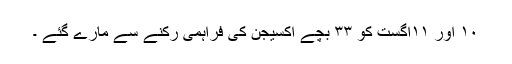
۱۰ اور ۱۱اگست کو ۳۳ بچے آکسیجن کی فراہمی رکنے سے مارے گئے ۔